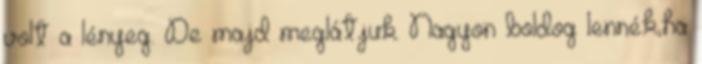
volt a lényeg. De majd meglátjuk. Nagyon boldog lennék,ha